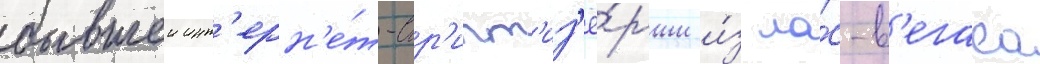
бывшеи инт'ерн'е́т-стр'ипт'из'ё́рши и́з ла́с-в'егаса